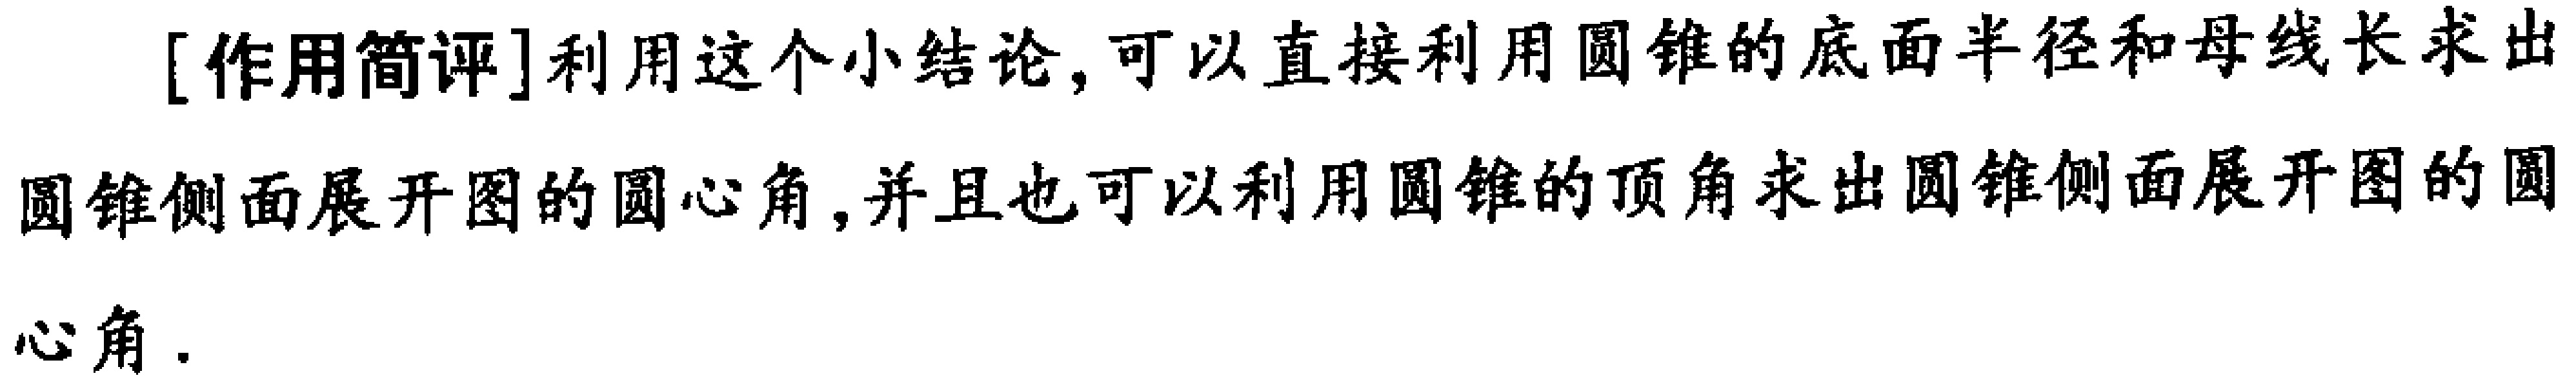
[作用简评]利用这个小结论，可以直接利用圆锥的底面半径和母线长求出圆锥侧面展开图的圆心角,并且也可以利用圆锥的顶角求出圆锥侧面展开图的圆心角.